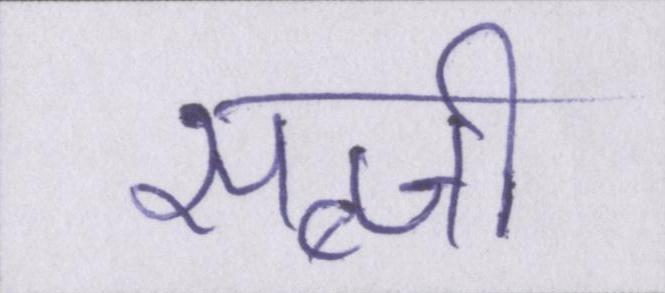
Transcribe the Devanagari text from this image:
सब्जी